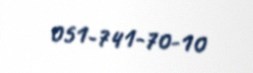
051-741-70-10